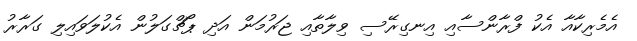
އެމެރިކާއާ އެކު ފްރާންސާއި އިނގިރޭސި ވިލާތާއި ޖަރުމަން އަދި ޕޯޗްގަލުން އެކުލަވައިލި ގަރާރު